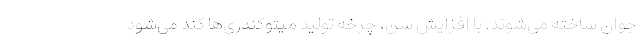
جوان ساخته می‌شوند. با افزایش سن، چرخه تولید میتوکندری‌ها کند می‌شود